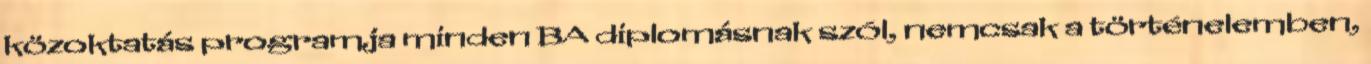
közoktatás programja minden BA diplomásnak szól, nemcsak a történelemben,